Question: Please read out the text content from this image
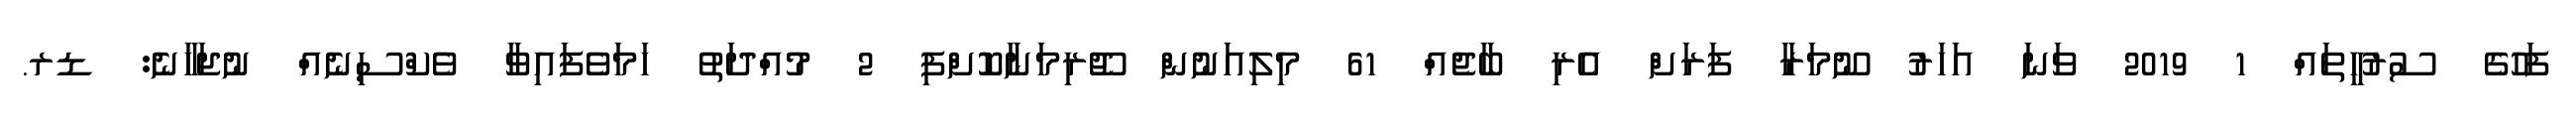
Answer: ފަހުގެ ސުރުހީތައް 1 2019 ވަނަ އަހަރު ނޫމަރާ ފަރަށް އެރި ބާޖެއް 61 މިލިއަނުން ޖޫރިމަނާކޮށްފި 2 މުއްދަތު ހަމަވެފައިވާ ވެކްސިނެއް ނުޖަހާނެ: ޑރ.